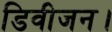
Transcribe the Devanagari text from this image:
डिवीजन।